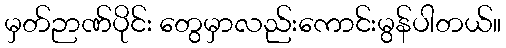
မှတ်ဉာဏ်ပိုင်း တွေမှာလည်းကောင်းမွန်ပါတယ်။